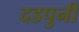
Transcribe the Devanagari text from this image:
दडपुनी